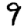
Digit: 9